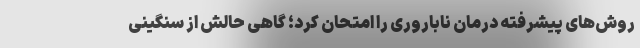
روش‌های پیشرفته درمان ناباروری را امتحان کرد؛ گاهی حالش از سنگینی